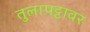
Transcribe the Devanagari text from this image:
तुलापट्टावर